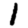
Digit: 1